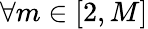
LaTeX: \forall m\in[2,M]